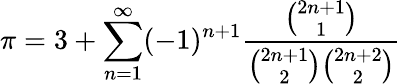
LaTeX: \pi=3+\sum_{n=1}^{\infty}(-1)^{n+1}{\frac{\binom{2n+1}{1}}{{\binom{2n+1}{2}}{\binom{2n+2}{2}}}}